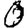
Digit: 0